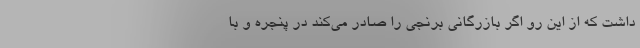
داشت که از این رو اگر بازرگانی برنجی را صادر می‌کند در پنجره و با